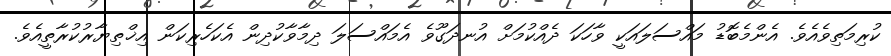
ކުރިމަތިވެއެވެ. އެންމެބޮޑު މައްސަލައަކީ ވާހަކަ ދެއްކުމަށް އުނދަގޫވެ އެމައްސަލަ ދިމާވާކުދިން އެކަހެރިކަން އިޚްތިޔާރުކުރާތީއެވެ.